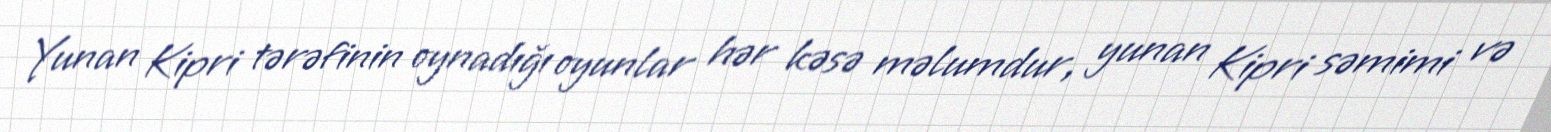
Yunan Kipri tərəfinin oynadığı oyunlar hər kəsə məlumdur, yunan Kipri səmimi və